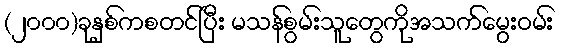
(၂၀၀၀)ခုနှစ်ကစတင်ပြီး မသန်စွမ်းသူတွေကိုအသက်မွေးဝမ်း